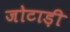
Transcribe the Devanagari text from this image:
जोटाड़ी